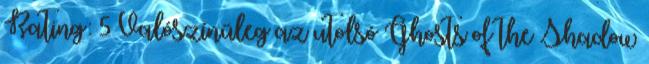
Rating: 5 Valószínűleg az utolsó Ghosts of the Shadow